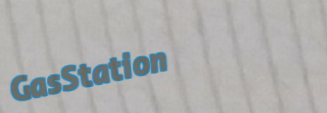
GasStation